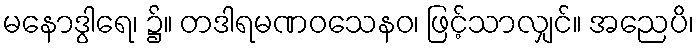
မနောဒွါရေ၊ ၌။ တဒါရမဏဝသေနဝ၊ ဖြင့်သာလျှင်။ အညေပိ၊